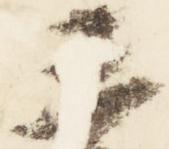
三